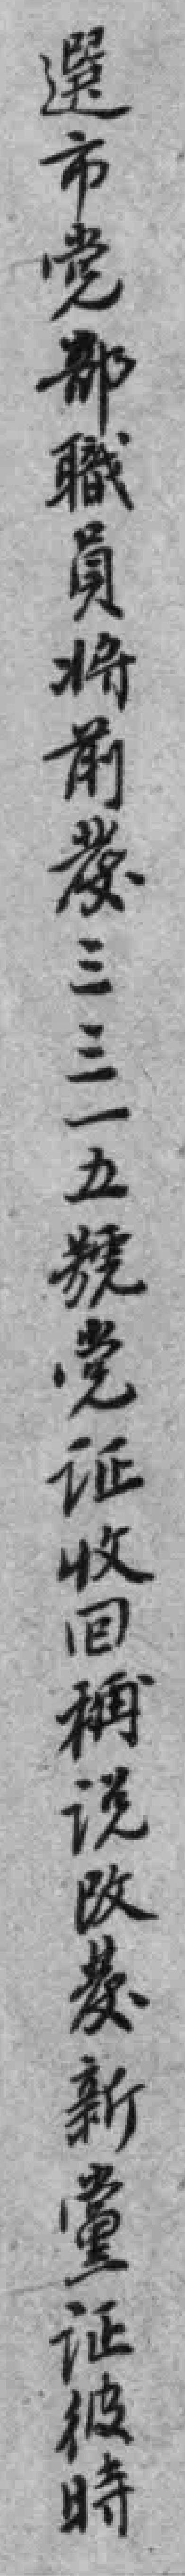
選市党部職員将前發三三一五號党证收回稱说改發新黨证彼時